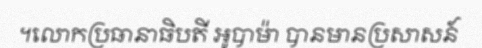
។លោកប្រធានាធិបតី អូបាម៉ា បានមានប្រសាសន៍